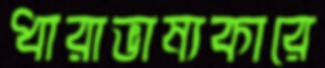
ধারাভাষ্যকারে